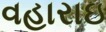
વહારાઇ